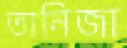
তানিজা